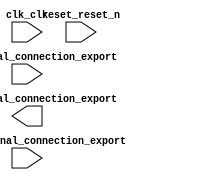

module nios_setup_v2 (
	clk_clk,
	key_external_connection_export,
	led_external_connection_export,
	reset_reset_n,
	switch_external_connection_export);	

	input		clk_clk;
	input	[1:0]	key_external_connection_export;
	output		led_external_connection_export;
	input		reset_reset_n;
	input		switch_external_connection_export;
endmodule